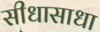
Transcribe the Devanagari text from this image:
सीधासाधा